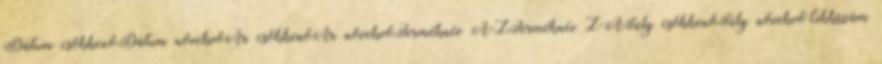
Dátum csökkenőDátum növekvőÁr csökkenőÁr növekvőTerméknév A-ZTerméknév Z-ASúly csökkenőSúly növekvőCikkszám